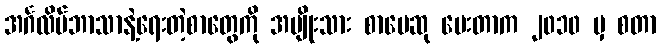
အင်္ဂလိပ်ဘာသာနဲ့ရေးတဲ့စာတွေကို အမျိုးသား စာပေဆု ပေးတာက ၂၀၁၀ မှ စတာ